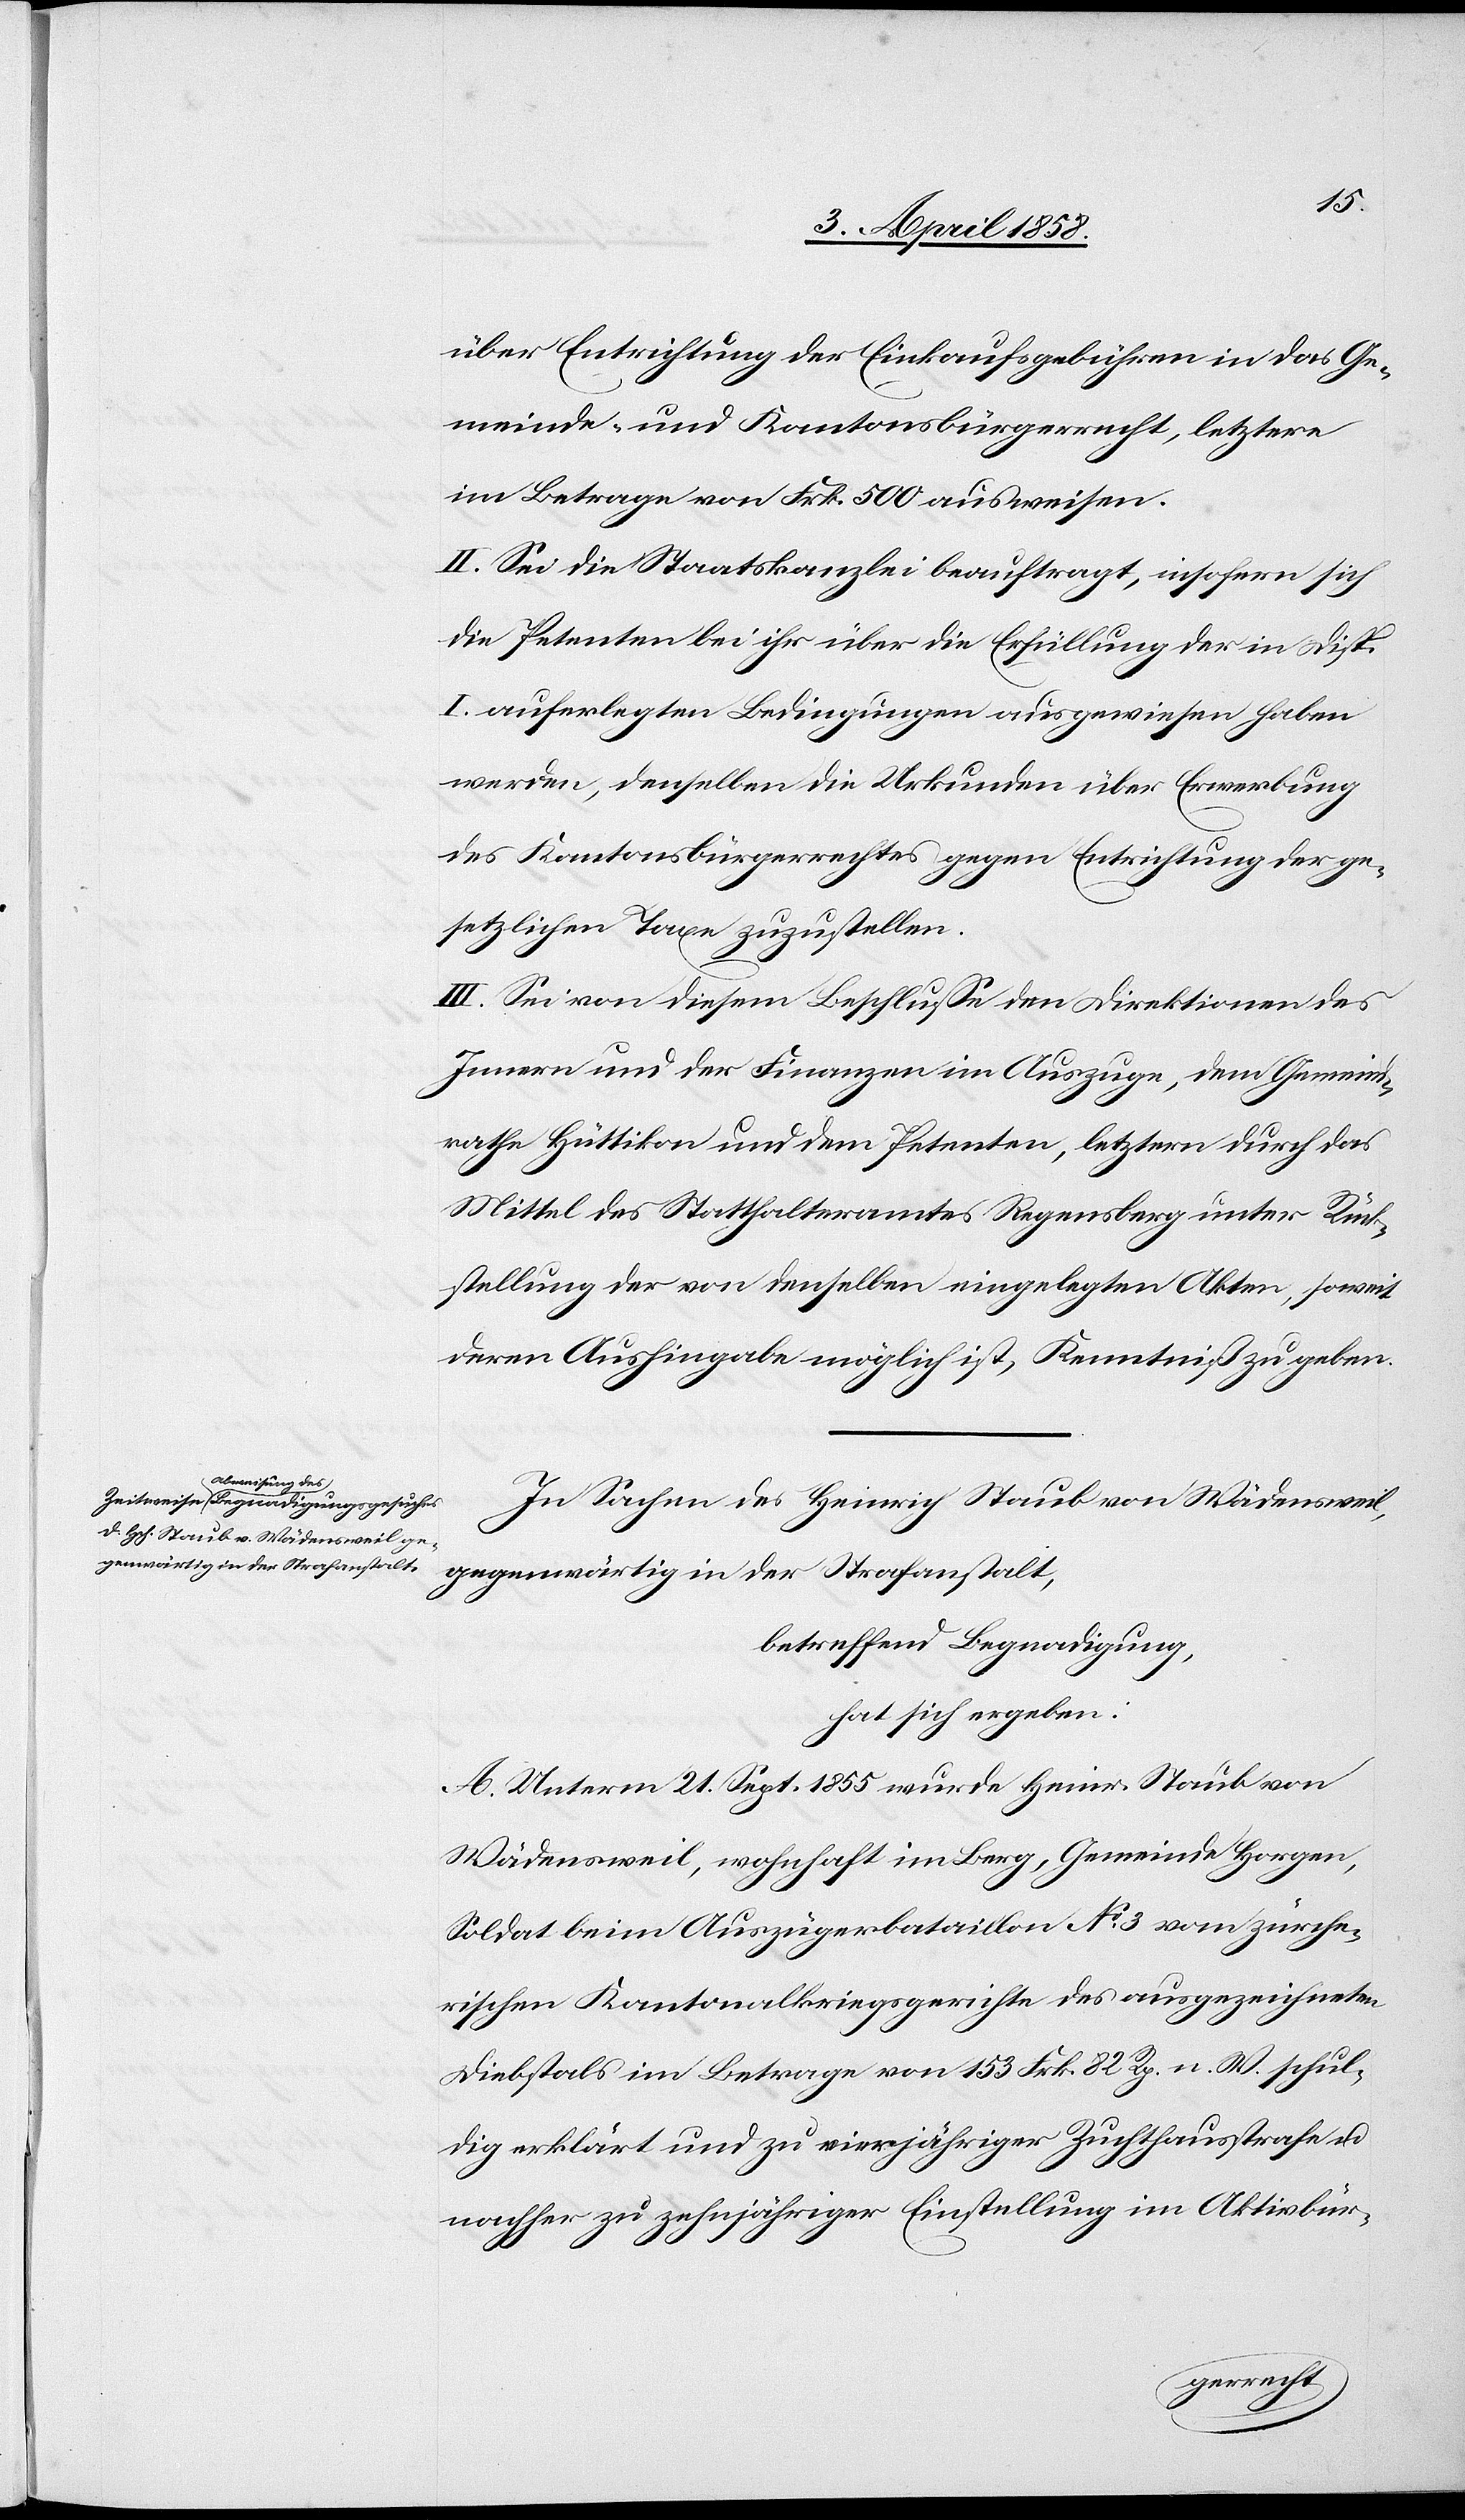
über Entrichtung der Einkaufsgebühren in das Ge¬
meinde- und Kantonsbürgerrecht, letztere
im Betrage von Frk. 500 ausweisen.
II. Sei die Staatskanzlei beauftragt, insofern sich
die Petenten bei ihr über die Erfüllung der in Disp.
I auferlegten Bedingungen ausgewiesen haben
werde, denselben die Urkunden über Erwerbung
des Kantonsbürgerrechtes gegen Entrichtung der ge¬
setzlichen Taxe zuzustellen.
III. Sei von diesem Beschlusse den Direktionen des
Innern und der Finanzen im Auszuge, dem Gemeind¬
rathe Hüttikon und dem Petenten, letztern durch das
Mittel des Statthalteramtes Regensberg unter Rück¬
stellung der von denselben eingelegten Akten, soweit
deren Aushingabe möglich ist, Kenntniß zu geben.
In Sachen des Heinrich Staub von Wädensweil,
gegenwärtig in der Strafanstalt,
betreffend Begnadigung,
hat sich ergeben:
A. Unterm 21. Sept. 1855 wurde Heinr. Staub von
Wädensweil, wohnhaft im Berg, Gemeinde Horgen,
Soldat beim Auszügerbataillon No 3 vom zürche¬
rischen Kantonalkriegsgerichte des ausgezeichneten
Diebstals im Betrage von 153 Frk. 82 Rp. n. W. schul¬
dig erklärt und zu vierjähriger Zuchthausstrafe u.
nachher zu zehnjähriger Einstellung im Aktivbür-